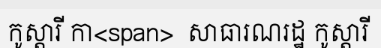
កូស្តារី កា<span>  សាធារណរដ្ឋ កូស្តារី